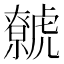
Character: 𧈏